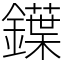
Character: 鐷